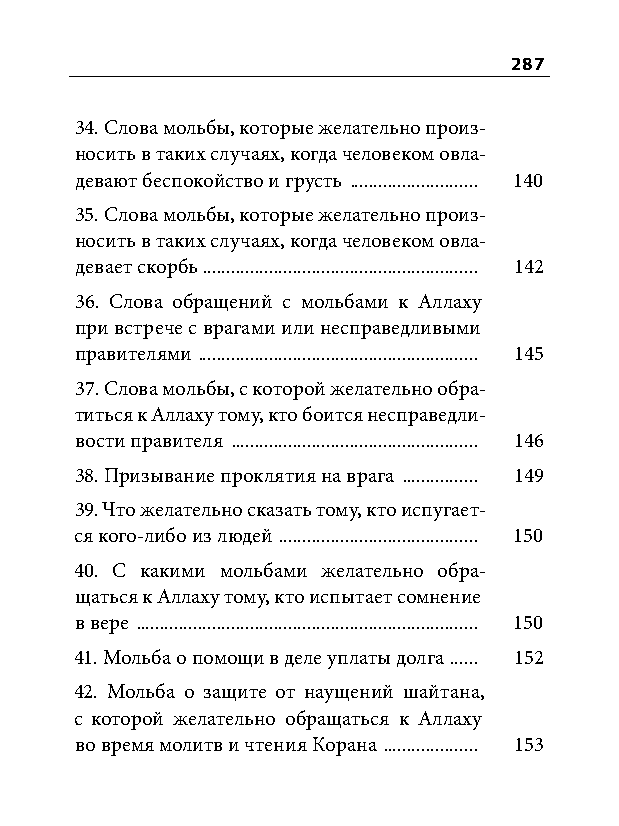
287
 34. Слова мольбы, которые желательно произ-
 носить в таких случаях, когда человеком овла-
 девают беспокойство и грусть ........................... 140
 35. Слова мольбы, которые желательно произ-
 носить в таких случаях, когда человеком овла-
 девает скорбь .......................................................... 142
 36. Слова обращений с мольбами к Аллаху
 при встрече с врагами или несправедливыми
 правителями ........................................................... 145
 37. Слова мольбы, с которой желательно обра-
 титься к Аллаху тому, кто боится несправедли-
 вости правителя .................................................... 146
 38. Призывание проклятия на врага ................ 149
 39. Что желательно сказать тому, кто испугает-
 ся кого-либо из людей .......................................... 150
 40. С какими мольбами желательно обра-
 щаться к Аллаху тому, кто испытает сомнение
 в вере ........................................................................ 150
 41. Мольба о помощи в деле уплаты долга ...... 152
 42. Мольба о защите от наущений шайтана,
 с которой желательно обращаться к Аллаху
 во время молитв и чтения Корана .................... 153